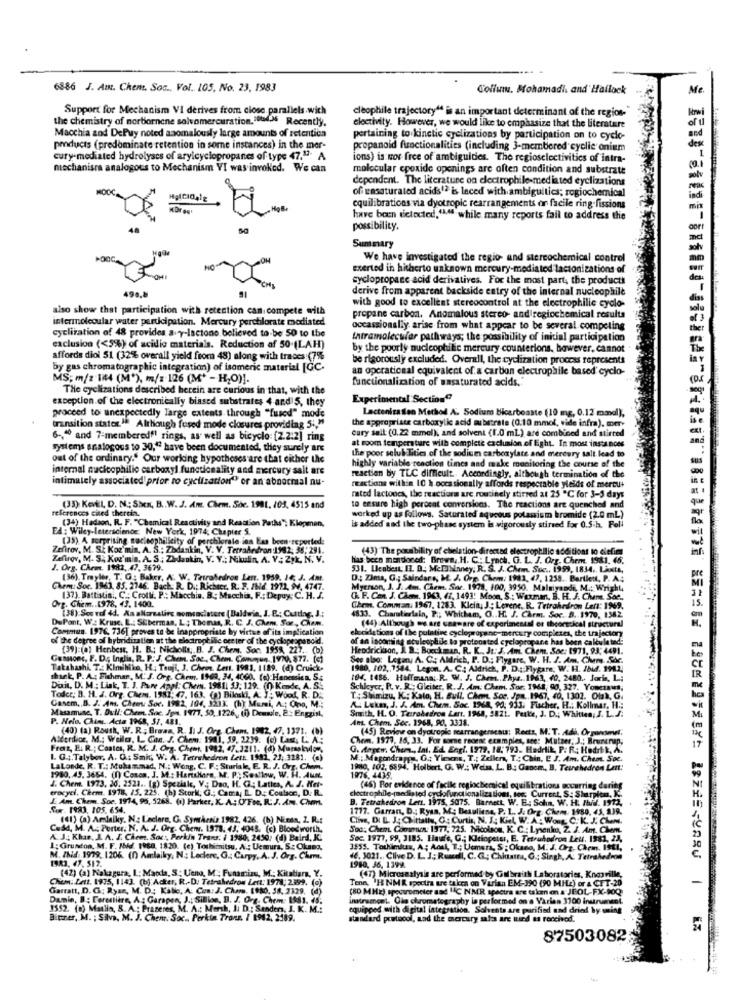
6886 J. Amt. Chem. Soc ., Vol. 105, No. 23, 1983
Collum. Mohamadi, and' Hallock
Me
Support for Mechanism VI derives from ciosc. parallels.wich
cleophile trajectory" is an important determinant of the region-
the chemistry of morbornene salvomercuration. soudM Recently,
Macchia and DePuy noted anomalously large amounts of retention
electivity. However, we would like to emphasize that the literature
pertaining to kinetic cyelizations by participation on to cyclo-
products (predominate retention in some instances) in the mer-
propanoid functionalities (including 3-membered cyclie onium
cury-mediated hydrolyses of arylcyclopropanes of type 47.17. A
ions) is wor free of ambiguides. The regioselectivities of intra-
mechanisma analogous to Mechanism VI was invoked. We can
molecular cpoxide openings are often condition and substrate
dependent. The literature on electrophile-mediated eyelizations
of unsaturated acids12 is laced with ambiguitics; rogiochemical
equilibrations via dyotropic rearrangements or facile ring-fissions
have been tictocted,"Mf while many reports fail to address the
possibility.
Summary
We have investigated the regio- and stereochemical control
exerted ih hitherto unknown mercury-mediated lacionizations of
cyclopropane acid derivatives. For the most part, the product!
derive from apparent backside entry of the internal nucleophile
also show that participation with retention can. compete with
with good to excellent stereocontrol at the electrophilic cyclo-
intermolecular water participation. Mercury perchlorate mediated
propane carbon. Anomalous stereo- andiregiochemical results
cycliration of 48 provides avy-lactono believed to-be 50 to the
occassionally arise from what appear to be several competing
Intramolecular pathways; the possibility of initial participation
exclusion (<5%) of acidic materials. Reduction af 50 (LAH)
by the poorly nucleophilic mercury counterions, however, cannot
affords diol 51 (32% overall yield from 48) along with traces :(75
be rigorously excluded. Overall, the cydization process represents
By gas chromatographic integration) of isomeric material [GC.
an opcraticaal equivalent of a carbon electrophile based cyclo-
MS; m/2 144 (M*), m/z 126 (M' - H;O)].
functionalization of unsaturated acids."
The cyclizations described herein are curious in that, with the
exception of the electronically biased substrates 4 and 5, they
Experimental Section(
proceed to unexpectedly large extents through "fused" mode
Lactenisation Method A. Sodium bicarboaste (10 mg, 0.12 mmol),
transition states ". Although fused mode closures providing 5 :, ""
the appropriate carboxylic acid substrate (0.10 mmol, vide infra). mery
6.ª0 and 7-memberedf! rings, as well as bicycle: [2.2.2] ring
cury sell: (0.22 mmol), and solvent (1.0'mL) are combined and stirred
systems analogous to 30," have been documented, they surely are
at room temperature with complete exclusion of Eight. In most instances
out of the ordinary." Our working hypotheses are that either the
the poor selub Tities of the sodium carboxylate and mercury salt lead to
internal mucicophilie carboxyl functionality and mercury salt are
highly variable reaction times and make monitoring the course of the
intimately associated'prior ro cyclization" or an abnormal nu-
reaction by TLC difficult. Accordingly, although termination of the
reactions within 10 h.occasionally affords respectable yields of mercu+
rated lactones, the reactions are routinely stirred at 25 ℃ for 3-5 days
references cited therein.
(35) KevEL, D. N .: Shen, B .. W. J. Am. Chem. She. 1981. /03, 4515 and
to ensure high perocat conversions. The reactions are quenched and
(34) Hadson, R. F. "Chemical Reactivity and Reaction Paths"; Klopmen,
worked up as follows. Saturated aqueous potasium bromide (2.0 mL)
EA: Wiley-leterscience: New York, 1974; Chapter S.
is added sad the two-phase system is vigorously stirred for 0.5.h. Fell
(35) A surprising cacieophilleity of perchlorate inn Ess been reported:
Zefirov. M. SE Koz min, A. S .: Zbdankin, V. V. Tetrahedron:1992; 38; 291.
(43) The possibility of elielation-directed electrophilic additions to ciefim
additions to elelig
Zefirov, M. S& Kos'min. A. S .: Zidankin, V. V .; Nikulin, A. V .: 29k, N. V.
has been mondore: Brown ,. H. C. Lynch. G. L. J. Org. Chem. 1981. 46.
1. Org. Chem. 1982, 47, 3679.
531. Leabest, IL. D .: McPIbinney; R. S. J. Chm. Suc ., 1999, 1834. Liuits,
LANts,
(36) Trayler, T. G : Baker, A. W. Tetrahedron Lane. 1959. 16; J. Am.
D: Zima, G .; Saindare, M. J. Org. Chem: 1981, 47, 1258. Bartlett, P. A.
tlett, P.
Chem: Soc. 1963, 85. 2746. Bach. R. D .: Richecr, R. F. INd. 1971, IV, 4747.
Mycrson, J. J. Am. Chem. Soc. 1979, 100, 3950. Malaiyandı, M .: Wright
Wright
(37). Battistini, C .: Crolli. P .: Macchia. B; Macchia, F .; Depuy: C. H. J.
G. F. Can. J. Cham. 1963, (7, 1493: Moon, S .: Wexman, B. H. J. Cheme. She .,
Ovg. Chem .. 1978, 43. 1400.
(38) Seero 4d. An allcreatirs nomsasiatere (Baldwin, J. B .; Cutting, J .;
Chem. Comman, 1967, 1283. Klein, J .: Levene. R. Tetrahedron Left: 1969.
DuPant, W. Kruse, L .: Stiberman, L; Thenas, R. C. J. Cham. Sor ,, Cham.
4833. Chartierlain, P .; Whicham, O .. H. J. Carm. Soc. B. 1970, 1362
970, 1362
Commun. 1976, 736] proves to be inappropriate by virtue of its implication
elocidations of the pulating cyclopropane-mercury compiezes, the trajector
(44) Although we are unaware of experimental et theoretical structural
of the degree of hybridization at the electrophilic cer ter of the cyclopespanold.
of an incoming aculeophil la protonated cyclopropane has been calculated:
en caltu
(39) (a) Henbest, H. B .: Nicholls ,. B. J. Chem. Soc. 1959, 227. (b)
Hendrickson, J. B .: Boeckman, R. K ., Jt: J. Am. Chem. Soc: 1971, 93; 4491.
i. R. P. J. Chem. Soc ., Chem. Conmun, 19/70). 877. (c)
See also: Legany A. C. Aldrich, P. D .; Flygare, W. H. J. Am, Chems. Soc.
Takahashi. T .: Kimihiko, H ; Tsuji, J. Cheo. Lent. 1981, 1189. (d) Cruick.
1980, 102,7544. Legen. A. C. Aldrich, P. D .: Flygare; W. H. Ibud. 1912,
H. Ibuf. 191.2.
shrek, P. A .: Fishman, M. J. Org. Chemn. 1960, 34, 4060. (a) Hanemsien, S:
104. 1456. Hoffmana; R. W. J. Chem. Phys. 1963, 40,2
12 .. Joris, L .:
Duit. D. M .: Liak, T. J. Pure Appl: Chw. 1981. 33; 129. (0) Kende, A. S.
Schkycr, P. v. R .; Gleiter, R. J. Am: Cham. Sor. 1968, 90, 327. Yonezaut,
Toder; B. H. J. Org. Chem. 1981: 47, 163. (a) Bileski, A ); Wood, R. D.
T: Shimizu, IL .; Kalo, H. Bull. Che. Soc. Jpn .. 1967, 40, 1307. Otak, G.
Gascm. D. J. Ans. Chem Sor. 1982, 104, 3233. (h) Mami, A .; Ono, M;
A Lekm, J. J. Am. Chem. Soc. 1968, 90; 933. Fischer, H .; Kolimar, H .;
Smith, H. O. Teraheiros Larr. 1968, 38Zt. Feste, J. D .; Whitten, J. L.J.
olimar, H .;
Masamine, T. Dull: Chem. Soc. Jpn. 1977, 50, 1226 ,, ()) Demule, 2: Engzist,
P. Nelo. Chim. Acta 1968, 57, 481.
Ant. Chem. Soc. 1968, 90, 3338.
(40) (a) Roush, W. R ; Brawa, R. I: J. Org. Chem, 1982, 47. 1371. (0
(45) Review on dyotropie mearranger
beau: Rects, M. T. Adi. Organoml;
oz. M .: Wella, L. Cas. J. Chem: 1941, 59, 2239. (o) La, L. A .;
Chem. 1979, 16, 33. For some reorne examples, ares Mutaer, J .; Bruntrup,
Frais, E. R .: Coates, R. M. J. Org- Chent, 1982, 47.3211. (d) Murokuios,
G. Anger. Chem ., Int. Ed. Engl. 1979, 18, 793. Hedrlik, P: R: Hodrik, A ..
1. G .;. Talybor, A. G .: Smit, W. A. Tetrahedron Lett. 1981. 23, 3281. (+)
M .; Magondranpa, C.t Yimens, T .; Zellen, T .: Chin, L. J. Am. Chem. Soc.
LaLonde. R. T .: Muhammad, N .: Wong, C. F .: Sturiak, E. R. J. Org. Chem.
1980, 102, 6894. Holbert, C. W .: Weiss, L. B .: Ganom. B. Tetrahedron Lent:
edron L
J. Chem. 1973. 20. 2521 .. [g) Speziale, V .; Dao, H. C .; Lattes, A. J. Net-
1980, 45. 3654. (I) Conon, J. M .: Hartchiara, M. P .: Sestlow, W. H. Aum.
1976.4435.
erocycl. Chem. 1978. 15. 225. (h) Stark, G .; Cama, I. D. Coabson, D. R.
cloctrophile-mediated cyclofunctionalizations, too. Current, S: Sharplos, K.
(46) For evidence of facile regiochemical equilibrations occurring daring
LAm. Chem. Soc. 1974, 95, 5268. (1) Parker, K. A .: ('For, R: J. Am. Chm.
B. Tetrahedron Lett. 1975, 5075. Barnet W. E .: Sohn, W. H. Ibid. 1972.
Sur. 1983, 105. 654.
1777. Garran, D .: Ryan, M .; Desuliene, P. L. J. Org. Cheme. 1980, 45, 139.
(1) (a) Amlaiky. Ng Leclare, G. Synkeni: 1982, 436. (b) Niada, Z. R .:
Clive, DI L. J. Chittaily, C: Curtis, N. J; Kiel, W. A .: Wong. C. K. J. Chem.
Casd, M. A. Perter, N. A. J. Org. Chem. 1978. 43, 4045. (c) Blood worth.
Soc: Chen. Commun 1977, 225. Nicolson, K. C .: Lysenko, Z. J. Am. Chem.
K. J. Khas, J. A. I. Chem. Soc. Perkin Trans. i 1980, 2430. (d) Baird, K.
Sec. 1977, 99, 3185. Haufe, G .; Kleinpeter, E. Tetrudodron Leu. 1981, 23,
1: Grundon, M. F. Ibid. 1980, 1820. (e), Touhimitsu, A .: Uemura, S .: Okana.
3555. Toukimius, A .; Acal, T .; Uemera, S : Okado, M. J. Org-Chem. ISEI,
M. INid: 1979, 1206. (0) Amlaiky, N .: Leckere, G .: Carpy, A. J. Org. Chrm.
1983, 47. 517.
4. 3021 .. Clive D. L. J .; Russell, C. G .; Chinatta, G .; Singh, A. Tetrahedron
1980, 36, 1399.
(42) (a) Nakagura, I: Madda, S: Ueno, M .: Funamizu, M .: Kitatiara, Y.
Chem: Lett. 1935, 1143. (b): Acker, R .- D. Tetrahedron Lett: 1978, 2399. (0)
Tenn, 'H NMR spectra are taken on Varian EM-390 (90 MHZ) or & CTT-20
(47) Microanalysis are performed by Galbraith Laboratories, Knoxville,
Garratt, D. G; Ryan, M. D .: Kalic, A. Con: J. Chars. 1980, 38, 2329. (d)
(80 MHZ) spectrometer and "AC N.M.R spectra are taken on & JEOL-FX-10Q
Damin, B : Forestière, A .; Garapen, J .: Sillice, B. J. Org. Chem. 1981. 35.
inatramoel. Gla chromatography la performed on a Varias 3700 instrument.
3552. (8) Matlin, S. A .: Prazeres, M. A .: Marsh, I. D .: Sanders, J. K. M .:
equipped with digital integration. Solvents are purifind and dried by mming
Bitner, M. ; Silva, M. J. Chent. Soc .. Perkin Trans / 1942, 2189.
standard protocol, Lad the mercury sales are mund as rocciod.
87503082